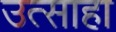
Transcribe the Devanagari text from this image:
उत्साहा